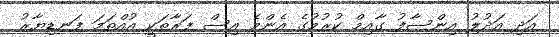
އަދި އަދުލު އިންސާފު ގާއިމް ކުރުމުގެ އެންމެ އިސް ފަރާތަކީ އުއްތަމަ ފަނޑިޔާރު